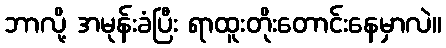
ဘာလို့ အမုန်းခံပြီး ရာထူးတိုးတောင်းနေမှာလဲ။